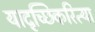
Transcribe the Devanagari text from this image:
यादृच्छिकरित्या